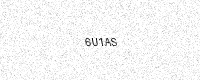
Text: 6U1AS